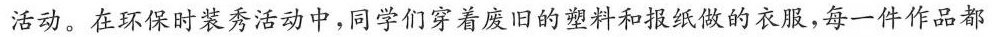
活动。在环保时装秀活动中，同学们穿着废旧的塑料和报纸做的衣服，每一件作品都